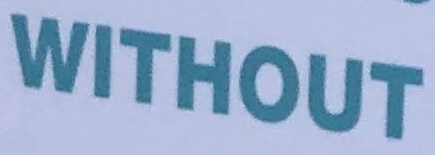
WITHOUT